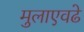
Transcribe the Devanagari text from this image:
मुलाएवढे